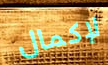
لإكمال